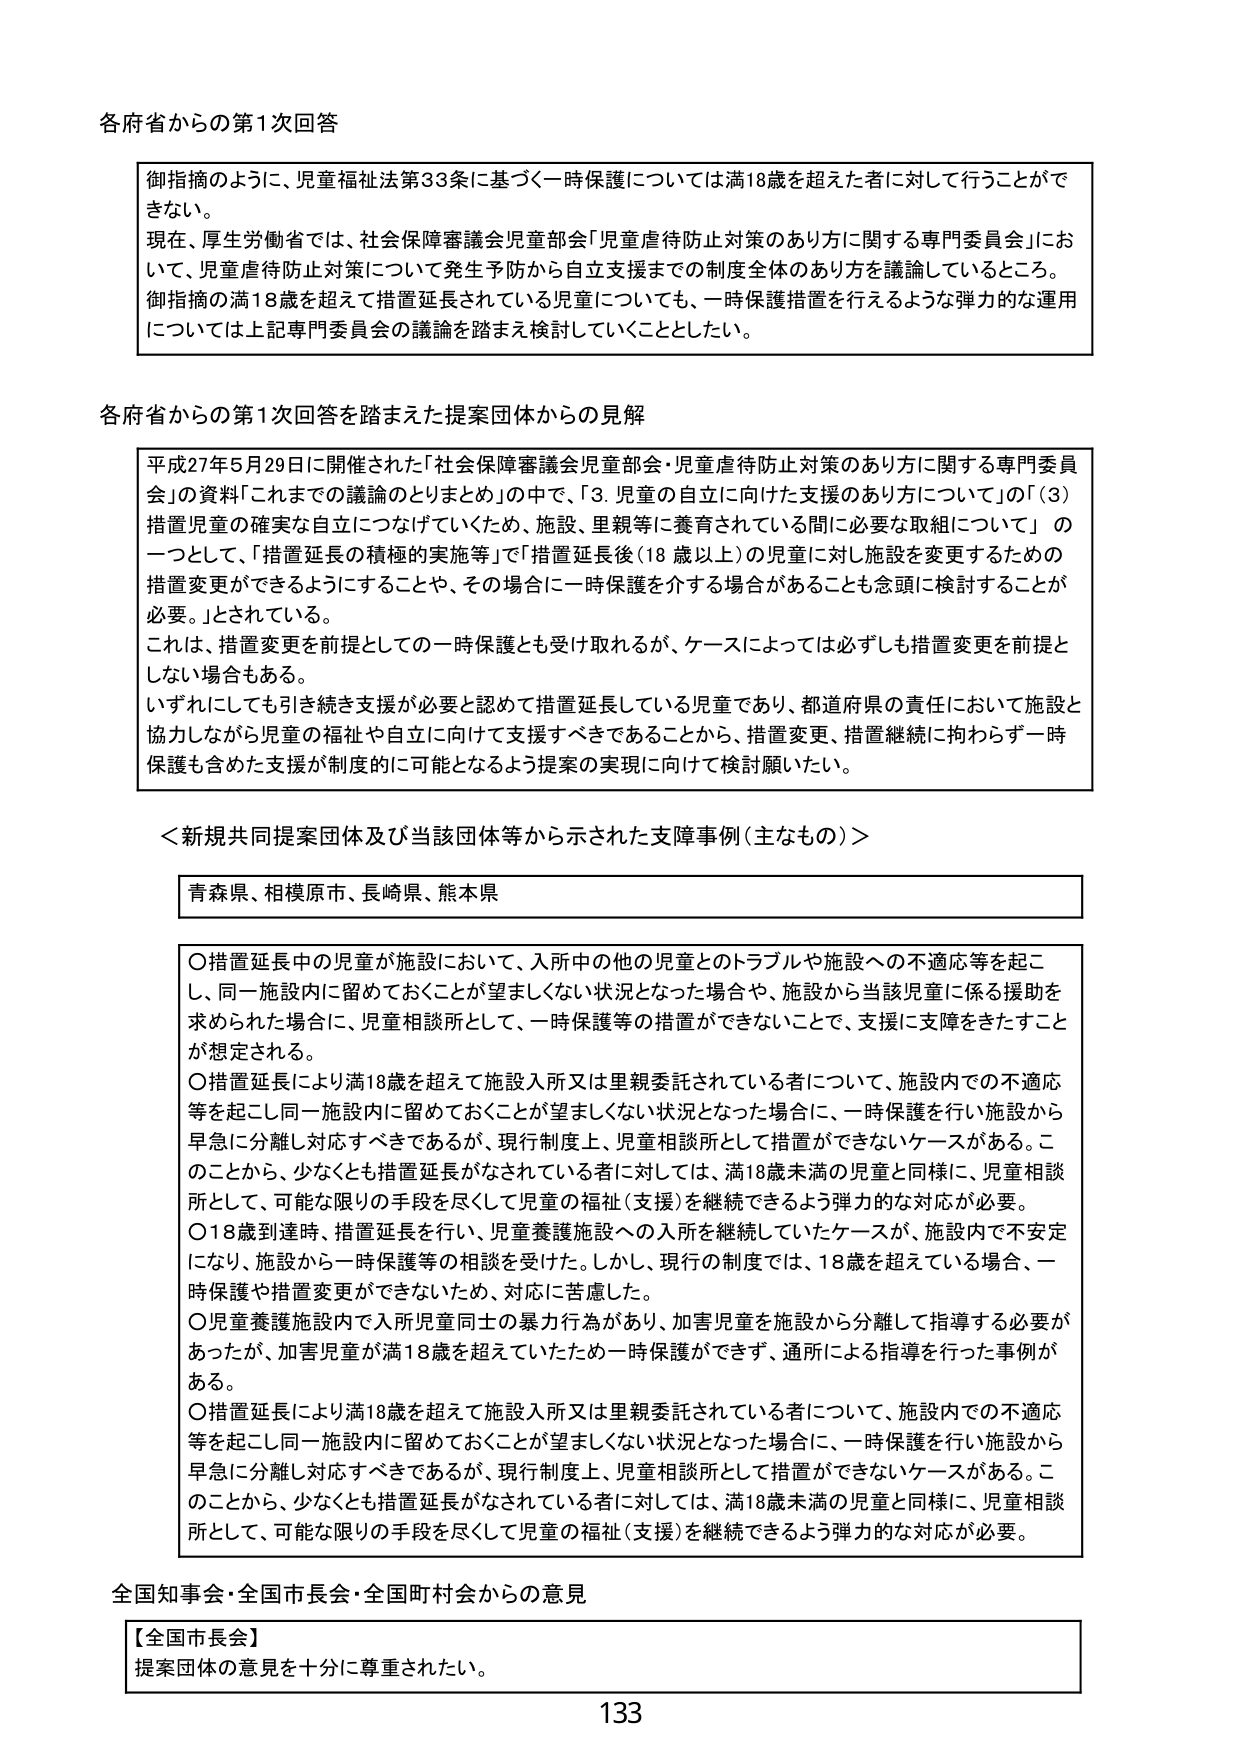
各府省からの第1次回答

御指摘のように、児童福祉法第33条に基づく一時保護については満18歳を超えた者に対して行うことができない。
現在、厚生労働省では、社会保障審議会児童部会「児童虐待防止対策のあり方に関する専門委員会」において、児童虐待防止対策について発生予防から自立支援までの制度全体のあり方を議論しているところ。
御指摘の満18歳を超えて措置延長されている児童についても、一時保護措置を行えるような弾力的な運用については上記専門委員会の議論を踏まえ検討していくこととしたい。

各府省からの第1次回答を踏まえた提案団体からの見解

平成27年5月29日に開催された「社会保障審議会児童部会・児童虐待防止対策のあり方に関する専門委員会」の資料「これまでの議論のとりまとめ」の中で、「3. 児童の自立に向けた支援のあり方について」の「(3) 措置児童の確実な自立につなげていくため、施設、里親等に養育されている間に必要な取組について」の一つとして、「措置延長の積極的実施等」で「措置延長後（18歳以上）の児童に対し施設を変更するための措置変更ができるようにすることや、その場合に一時保護を介する場合があることも念頭に検討することが必要。」とされている。
これは、措置変更を前提としての一時保護とも受け取れるが、ケースによっては必ずしも措置変更を前提としない場合もある。
いずれにしても引き続き支援が必要と認めて措置延長している児童であり、都道府県の責任において施設と協力しながら児童の福祉や自立に向けて支援すべきであることから、措置変更、措置継続に拘わらず一時保護も含めた支援が制度的に可能となるよう提案の実現に向けて検討願いたい。

＜新規共同提案団体及び当該団体等から示された支援事例（主なもの）＞

青森県、相模原市、長崎県、熊本県

○措置延長中の児童が施設において、入所中の他の児童とのトラブルや施設への不適応等を起こし、同一施設内に留めておくことが望ましくない状況となった場合や、施設から当該児童に係る援助を求められた場合に、児童相談所として、一時保護等の措置ができないことで、支援に支障をきたすことが想定される。
○措置延長により満18歳を超えて施設入所又は里親委託されている者について、施設内での不適応等を起こし同一施設内に留めておくことが望ましくない状況となった場合に、一時保護を行い施設から早急に分離し対応すべきであるが、現行制度上、児童相談所として措置ができないケースがある。このことから、少なくとも措置延長がなされている者に対しては、満18歳未満の児童と同様に、児童相談所として、可能な限りの手段を尽くして児童の福祉（支援）を継続できるよう弾力的な対応が必要。
○18歳到達時、措置延長を行い、児童養護施設への入所を継続していたケースが、施設内で不安定になり、施設から一時保護等の相談を受けた。しかし、現行の制度では、18歳を超えている場合、一時保護や措置変更ができないため、対応に苦慮した。
○児童養護施設内で入所児童同士の暴力行為があり、加害児童を施設から分離して指導する必要があったが、加害児童が満18歳を超えていたため一時保護ができず、通所による指導を行った事例がある。
○措置延長により満18歳を超えて施設入所又は里親委託されている者について、施設内での不適応等を起こし同一施設内に留めておくことが望ましくない状況となった場合に、一時保護を行い施設から早急に分離し対応すべきであるが、現行制度上、児童相談所として措置ができないケースがある。このことから、少なくとも措置延長がなされている者に対しては、満18歳未満の児童と同様に、児童相談所として、可能な限りの手段を尽くして児童の福祉（支援）を継続できるよう弾力的な対応が必要。

全国知事会・全国市長会・全国町村会からの意見

【全国市長会】
提案団体の意見を十分に尊重されたい。

133